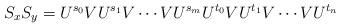
LaTeX: \begin{align*}S_xS_y=U^{s_0}VU^{s_1}V\cdots V U^{s_m}U^{t_0}VU^{t_1}V\cdots V U^{t_n}\end{align*}